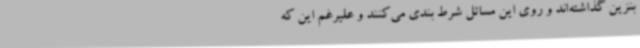
بنزین گذاشته‌اند و روی این مسائل شرط بندی می‌کنند و علیرغم این که